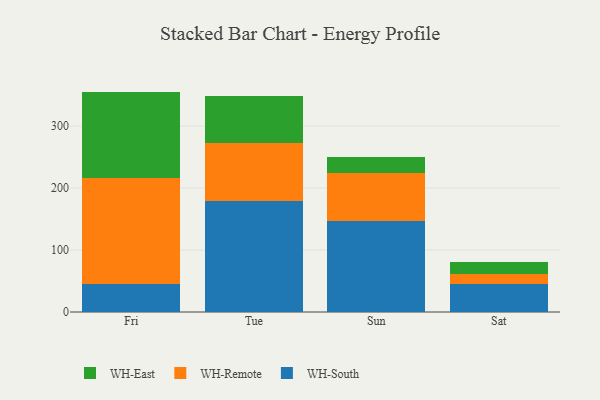
{"axis": {"x": "Day", "y": "Revenue (USD Million)"}, "legend": ["WH-East", "WH-Remote", "WH-South"], "data": [{"x": "Fri", "y": 45.2, "type": "WH-South"}, {"x": "Fri", "y": 171.6, "type": "WH-Remote"}, {"x": "Fri", "y": 139.0, "type": "WH-East"}, {"x": "Tue", "y": 179.7, "type": "WH-South"}, {"x": "Tue", "y": 92.8, "type": "WH-Remote"}, {"x": "Tue", "y": 76.7, "type": "WH-East"}, {"x": "Sun", "y": 147.6, "type": "WH-South"}, {"x": "Sun", "y": 76.1, "type": "WH-Remote"}, {"x": "Sun", "y": 25.8, "type": "WH-East"}, {"x": "Sat", "y": 45.1, "type": "WH-South"}, {"x": "Sat", "y": 16.7, "type": "WH-Remote"}, {"x": "Sat", "y": 19.5, "type": "WH-East"}]}